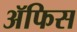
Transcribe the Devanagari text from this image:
ॲफिस